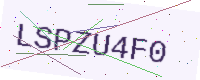
Text: LSPZU4F0